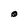
Character: 0